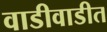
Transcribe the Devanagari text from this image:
वाडीवाडीत